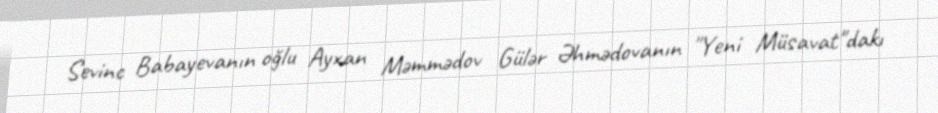
Sevinc Babayevanın oğlu Ayxan Məmmədov Gülər Əhmədovanın "Yeni Müsavat"dakı